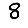
Digit: 8